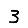
Digit: 3